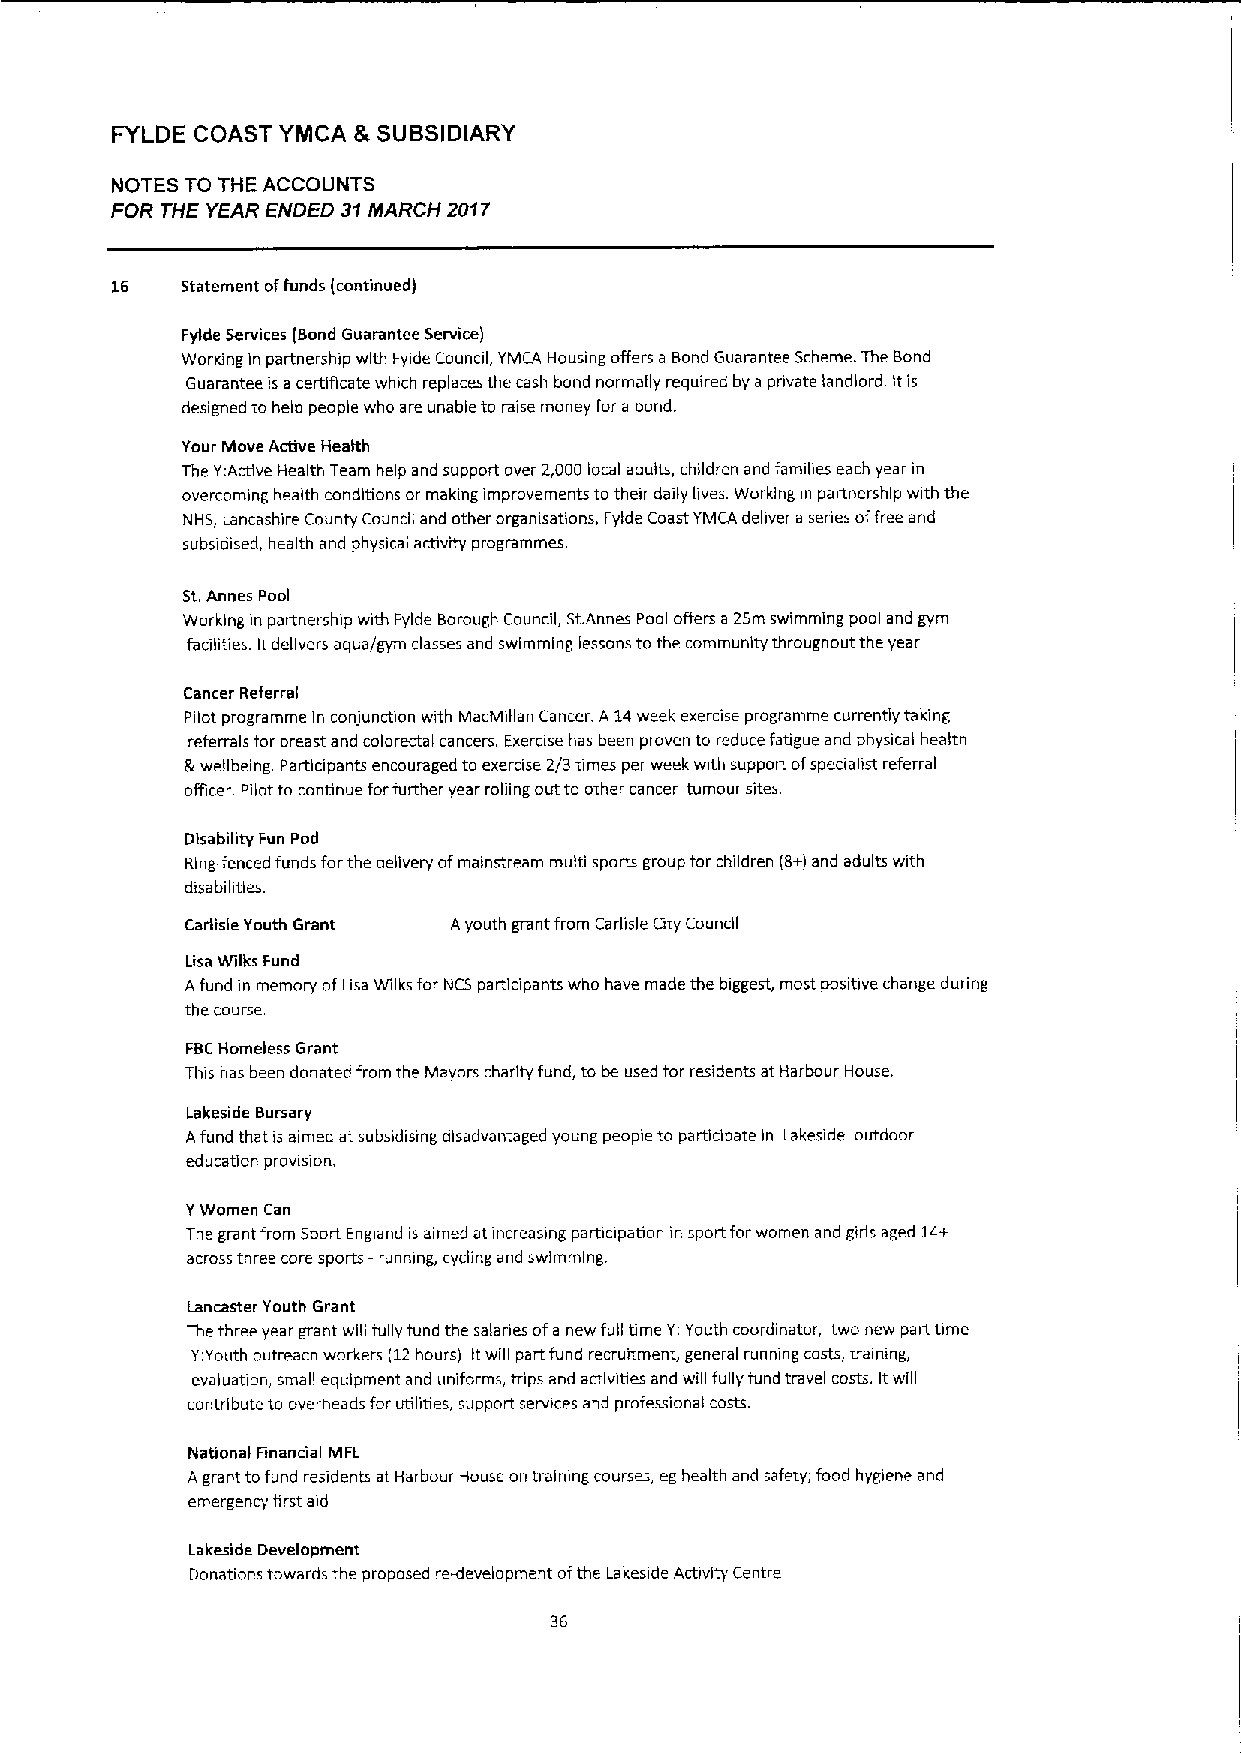
FYLDE COAST YMCA &SUBSIDIARY
 NOTES TO THE ACCOUNTS
 FOR THE YEAR ENDED 31MARCH 201T
 16   Statement offunds (continued)
 Fylde Services (Bond Guarantee Service)
 Working in partnership with Fyide Council, YMCA Housing offers a Bond Guarantee Scheme. The Bond
 Guarantee is a certificate which replaces the cash bond normally required by a pnvate landiord. Itis
 designed to help people who are unable to raise money for a bond.
 Your Move Active Health
 The Y:Active Health Team help and support over 2,000local adults, children and families each year in
 overcoming health condibons or makmg improvements totheir daily lives. Working in partnership with the
 NHS, Lancashire County Council and other organisations, Fylde Coast YMCA deliver a series offree and
 subsidised, health and physical activity programmes.
 St.Annes Pool
 Working in partnership with Fylde Borough Council, St.Annes Pool offers a 2Sm swimming pool and gym
 facilities. Itdelivers aqua/gym classes and swimming lessons to the community throughout the year
 Cancer Referral
 Pilot programme in conjunction wrth MacMillan Cancer. A 14week exercise programme currently taking
 referrals for breast and calorectal cancers. Exerase has been proven to reduce fatigue and physical health
 lk wellbeing. Participants encouraged to exercise 2/3 times per week with support ofspeaahst referral
 office. Pilot to continue forfurther year rolling out to other cancer tumour sites.
 Disability Fun Pod
 Ring-fenced funds forthe delivery ofmamstream multi sports group far children (8+)and adults with
 disabilities.
 Carlisle Youth Grant Ayouth grant from Carlisle City Council
 Lisa Wllks Fund
 Afund in memory ofLisa Wilks for NCS participants who have made the biggest, most positive change during
 the course.
 FBCHomeless Grant
 This has been donated from the Mayors charity fund, to be used for residents at Harbour House.
 Lakeside Bursary
 Afund that is aimed at subsidising disadvantaged young people to participate in Lakeside outdoor
 education provision.
 YWomen Can
 The grant from Sport England is aimed at increasing participation in sport forwomen and girls aged 14+
 across three core sports -running, cycling and swimming.
 Lancaster Youth Grant
 The three year grant will fully fund the salaries ofa new full time Y;Youth coordinator, two new part bme
 Y;Youth outreach workers (12hours) Itwill part fund recruitment, general running costs, trainmg,
 evaluation, small equipment and uniforms, trips and activities and will fully fund travel costs. Itwill
 contribute to overheads for utilities, support services and professional costs.
 National Financial MFL
 Agrant tofund residents at Harbour House on training courses, eg health and safety, food hygiene and
 emergency Brat aid
 Lakeside Development
 Donations towards the proposed re-development ofthe Lakeside Activity Centre
 36